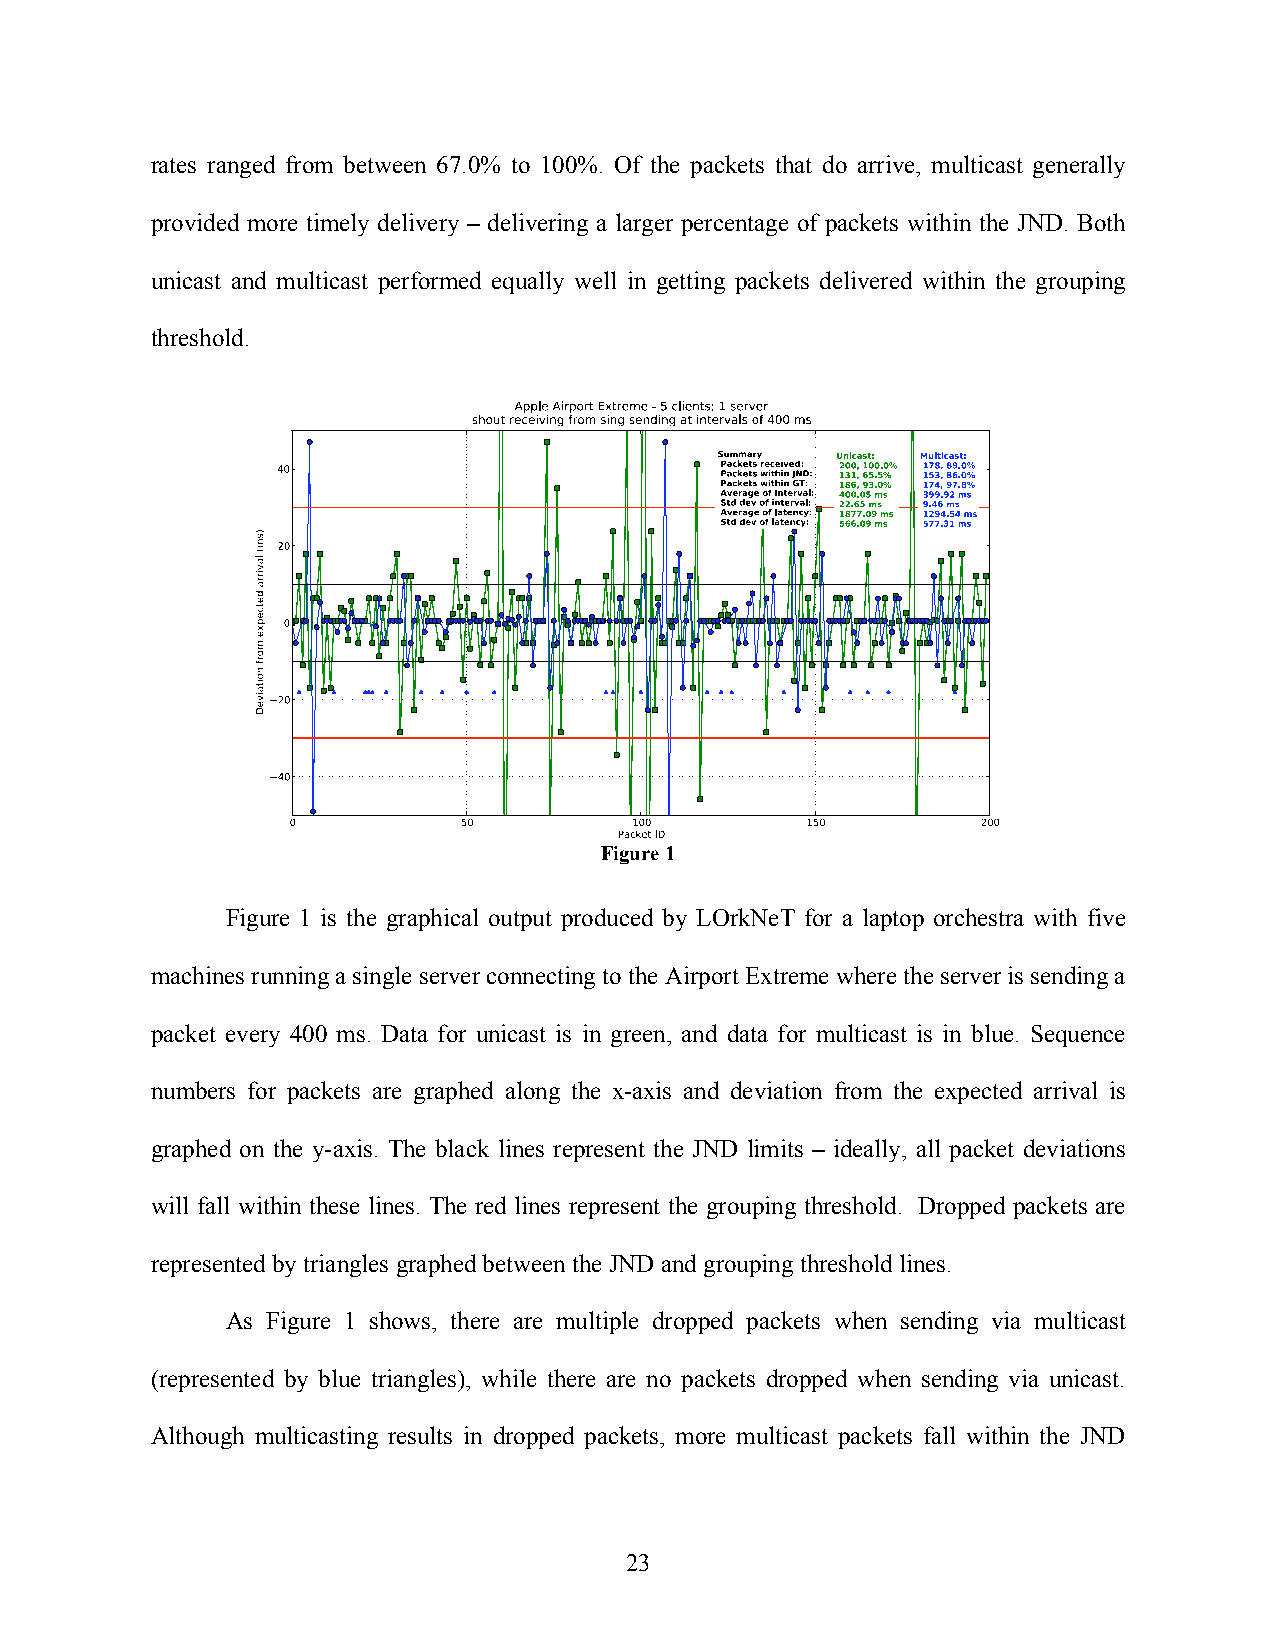
rates ranged from between 67.0% to 100%. Of the packets that do arrive, multicast generally
 provided more timely delivery – delivering a larger percentage of packets within the JND. Both
 unicast and multicast performed equally well in getting packets delivered within the grouping
 threshold.
 Figure 1
 Figure 1 is the graphical output produced by LOrkNeT for a laptop orchestra with five
 machines running a single server connecting to the Airport Extreme where the server is sending a
 packet every 400 ms. Data for unicast is in green, and data for multicast is in blue. Sequence
 numbers for packets are graphed along the x-axis and deviation from the expected arrival is
 graphed on the y-axis. The black lines represent the JND limits – ideally, all packet deviations
 will fall within these lines. The red lines represent the grouping threshold. Dropped packets are
 represented by triangles graphed between the JND and grouping threshold lines.
 As Figure 1 shows, there are multiple dropped packets when sending via multicast
 (represented by blue triangles), while there are no packets dropped when sending via unicast.
 Although multicasting results in dropped packets, more multicast packets fall within the JND
 23